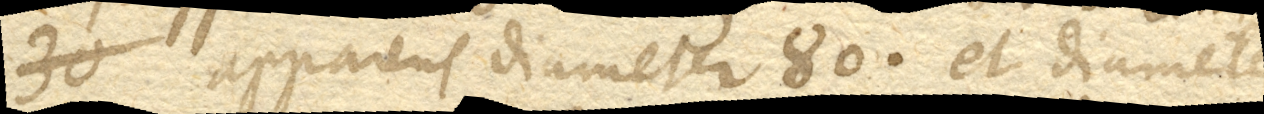
apparens diameter 80. et diameter